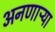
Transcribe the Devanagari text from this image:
अनणाऱ्या